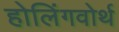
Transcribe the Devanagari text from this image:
होलिंगवोर्थ